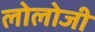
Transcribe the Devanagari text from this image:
लोलोजी